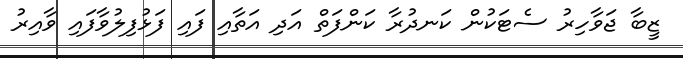
ޒީބާ ޖަވާހިރު ސެޓަކުން ކަނދުރާ ކަންފަތް އަދި އަތާއި ފައި ފަޅުފިލުވާފައި ވާއިރު